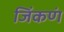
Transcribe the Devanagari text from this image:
जिंकणं